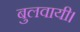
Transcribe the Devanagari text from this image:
बुलवायी।